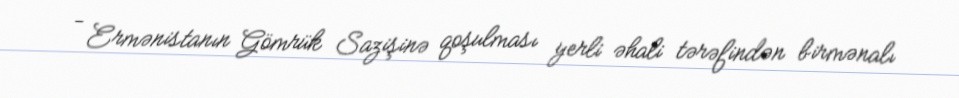
- Ermənistanın Gömrük Sazişinə qoşulması yerli əhali tərəfindən birmənalı